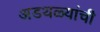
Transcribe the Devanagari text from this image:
अडथळ्यांची